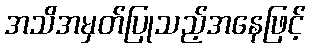
အသိအမှတ်ပြုသည့်အနေဖြင့်